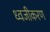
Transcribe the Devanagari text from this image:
ध्वजीकरण